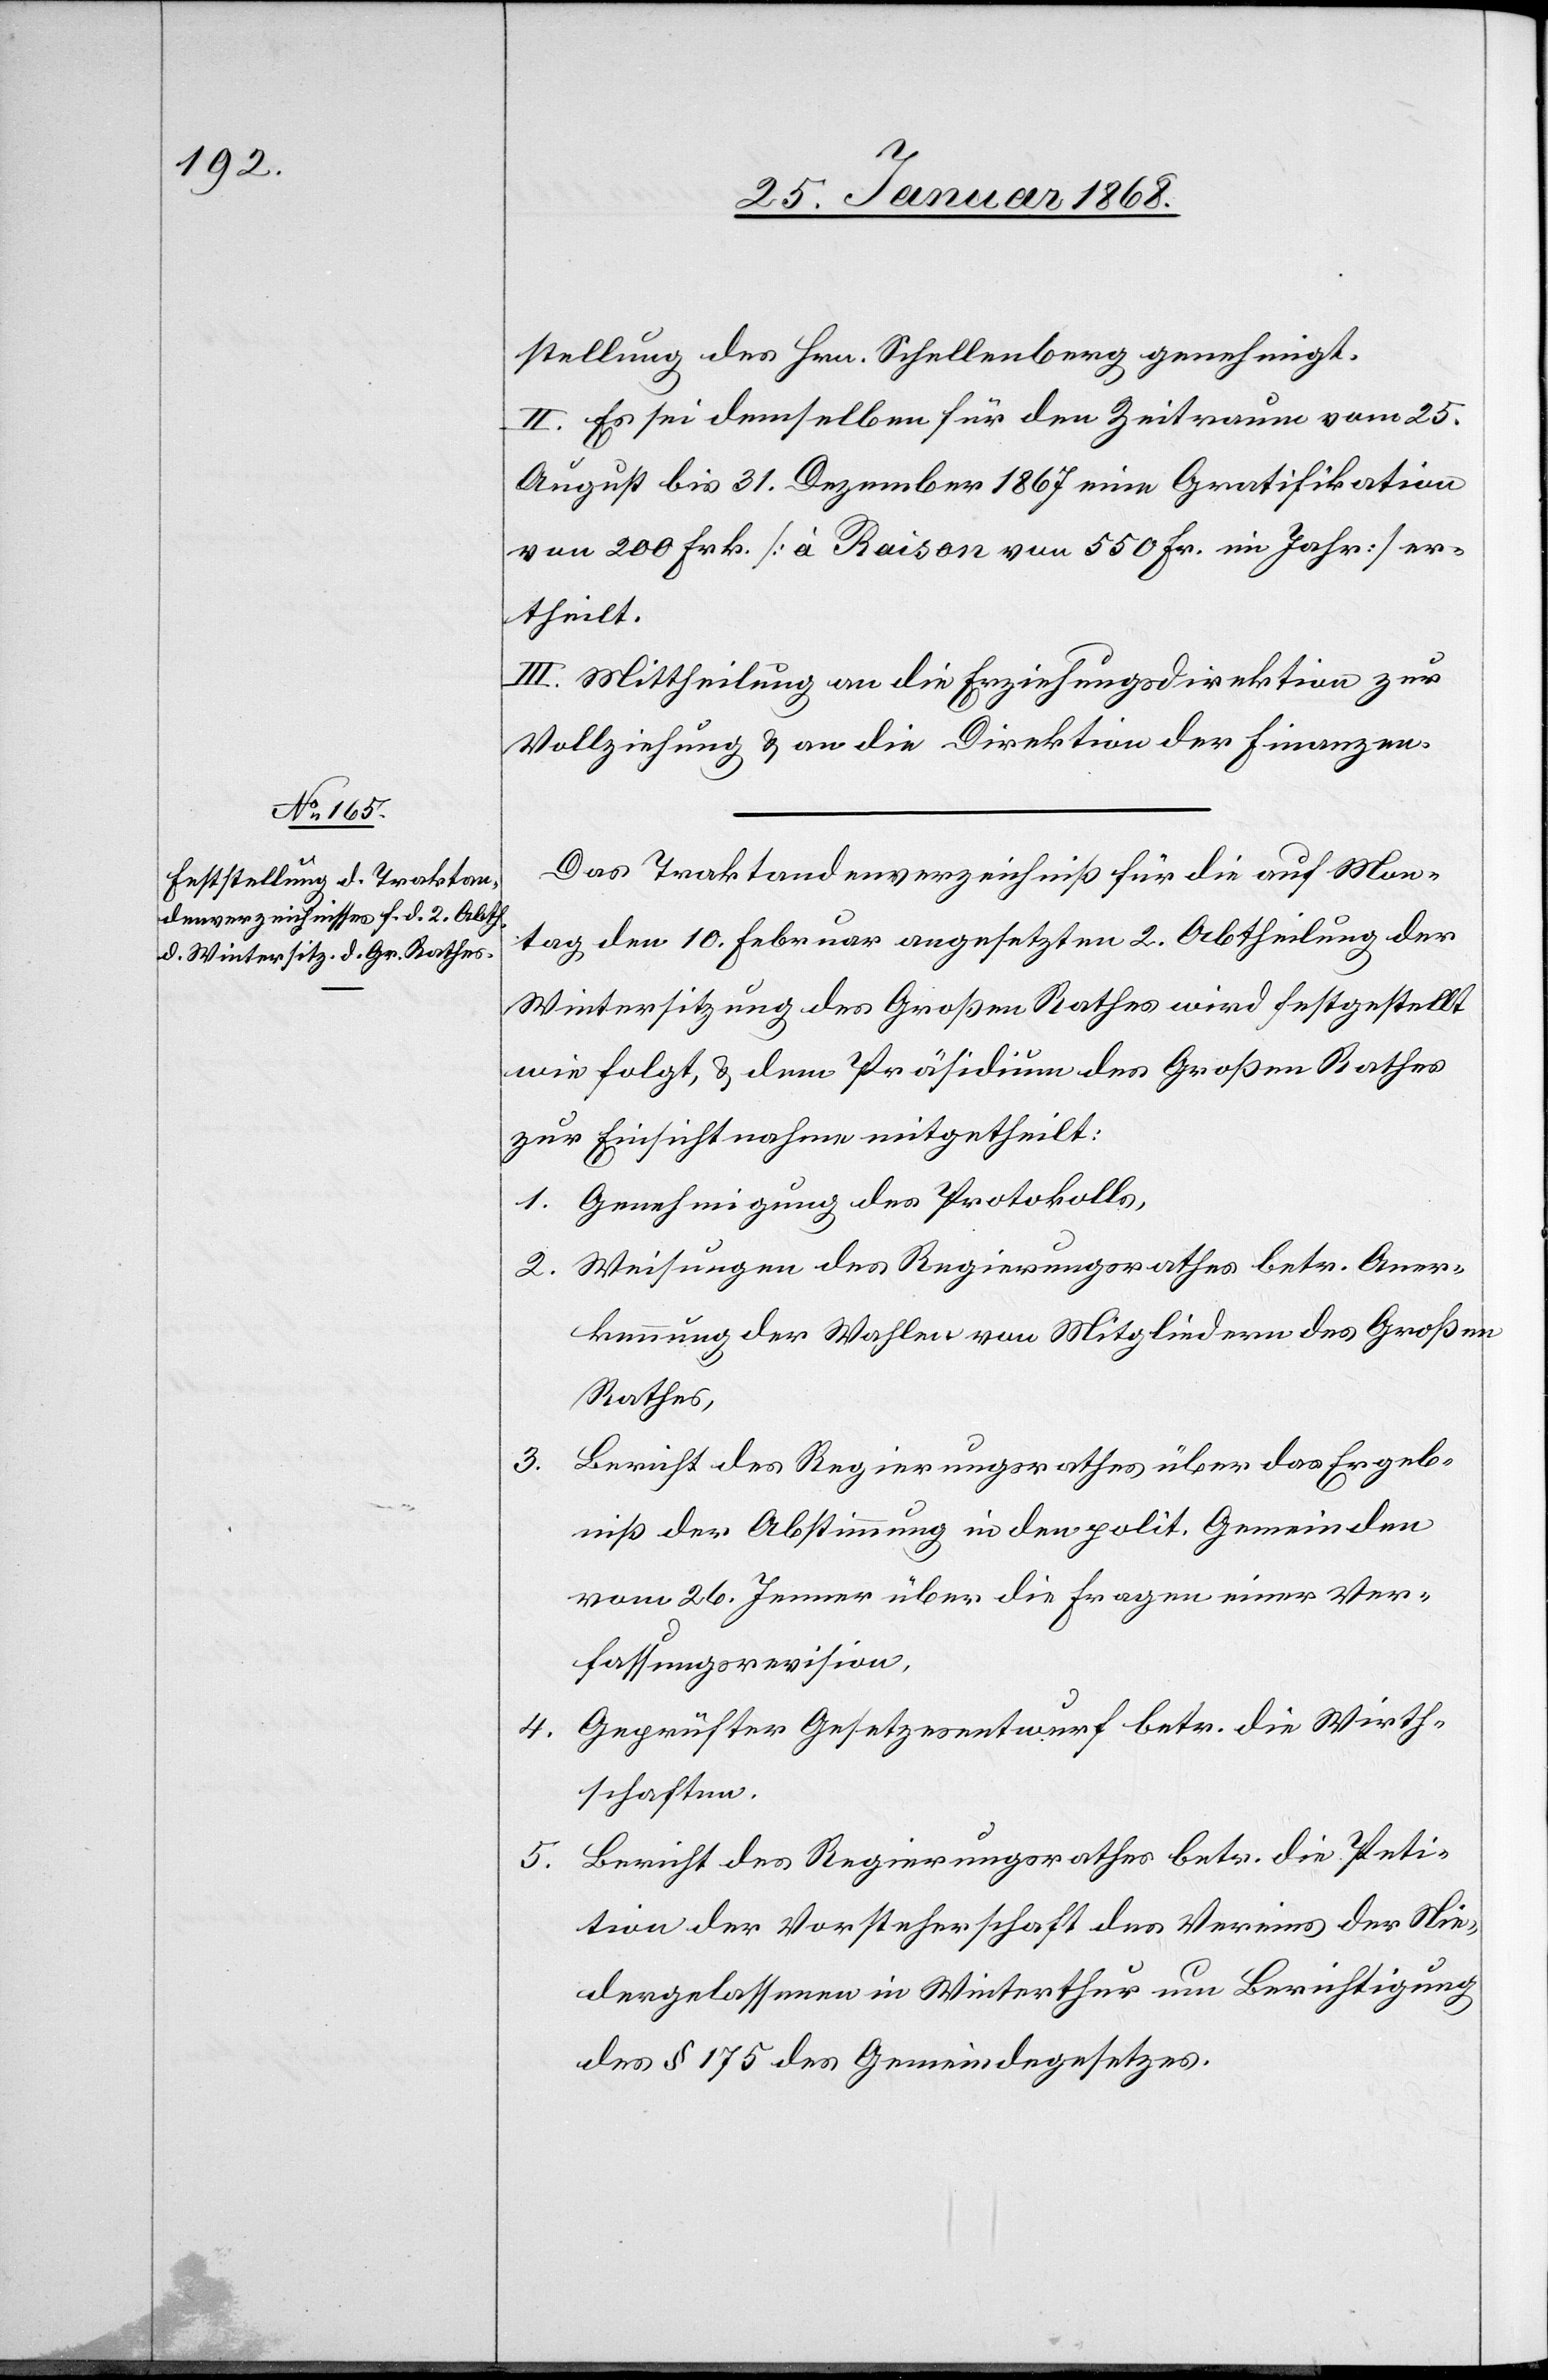
stellung des Hrn. Schellenberg genehmigt.
II. Es sei demselben für den Zeitraum vom 25.
August bis 31. Dezember 1867 eine Gratifikation
von 200 Frk. [à Raison von 550 Fr. im Jahr] er¬
theilt.
III. Mittheilung an die Erziehungsdirektion zur
Vollziehung & an die Direktion der Finanzen.
Das Traktandenverzeichniß für die auf Mon¬
tag den 10. Februar angesetzten [sic!] 2. Abtheilung der
Wintersitzung des Großen Rathes wird festgestellt
wie folgt, & dem Präsidium des Großen Rathes
zur Einsichtnahme mitgetheilt:
Genehmigung des Protokolls,
Weisungen des Regierungsrathes betr. Aner¬
kennung der Wahlen von Mitgliedern des Großen
Rathes,
5.
Bericht des Regierungsrathes über das Ergeb¬
niß der Abstimmung in den polit. Gemeinden
vom 26. Jenner über die Fragen einer Ver¬
fassungsrevision,
Geprüfter Gesetzesentwurf betr. die Wirth¬
4.
schaften.
Bericht des Regierungsrathes betr. die Peti¬
tion der Vorsteherschaft des Vereins der Nie¬
dergelassenen in Winterthur um Berichtigung
des § 175 des Gemeindegesetzes.